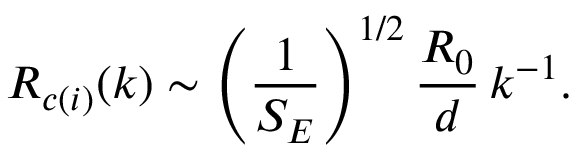
{ \cal R } _ { c ( i ) } ( k ) \sim \left( { \frac { 1 } { S _ { E } } } \right) ^ { 1 / 2 } { \frac { R _ { 0 } } { d } } \, k ^ { - 1 } .